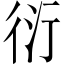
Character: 衍